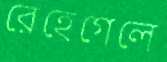
রেহেগেলে